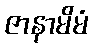
ဇာနာမိမံ